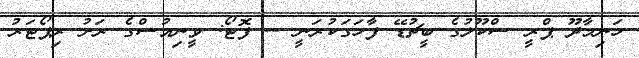
ހަނިމާދޫ ޕްރީ ސްކޫލުގެ ބީޗުޑޭ ފާހަގަކުރަނީ -- ފޮޓޯ: ވީނިއުސްގެ ރަށު ރިޕޯޓަރު